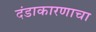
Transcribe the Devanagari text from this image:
दंडाकारणाचा